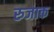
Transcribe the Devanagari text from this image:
रुजाक